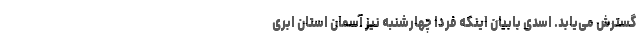
گسترش می‌یابد. اسدی بابیان اینکه فردا چهارشنبه نیز آسمان استان ابری